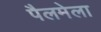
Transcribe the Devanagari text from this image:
पैलमेला